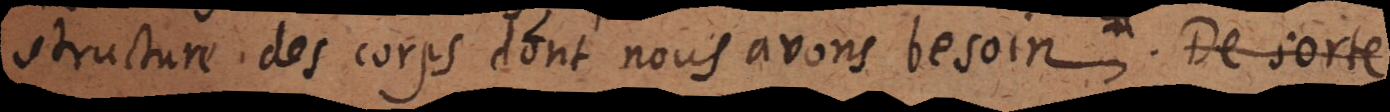
structure des corps dont nous avons besoin. La Chymie